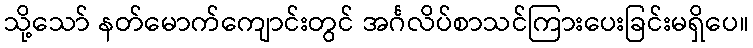
သို့သော် နတ်မောက်ကျောင်းတွင် အင်္ဂလိပ်စာသင်ကြားပေးခြင်းမရှိပေ။